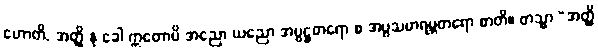
ဟောတိ, အတ္ထိ နု ခေါ ဣတောပိ အညော ယညော အပ္ပဋ္ဌတရော စ အပ္ပသမာရမ္ဘတရော စာတိ။ တသ္မာ “အတ္ထိ